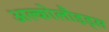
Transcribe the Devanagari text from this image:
अल्कोलौइड्स